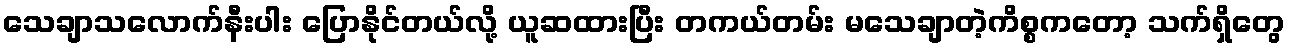
သေချာသလောက်နီးပါး ပြောနိုင်တယ်လို့ ယူဆထားပြီး တကယ်တမ်း မသေချာတဲ့ကိစ္စကတော့ သက်ရှိတွေ